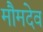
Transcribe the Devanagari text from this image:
मौमदेव